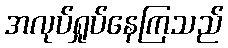
အလုပ်ရှုပ်နေကြသည်